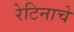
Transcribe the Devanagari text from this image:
रेटिनाचे